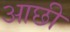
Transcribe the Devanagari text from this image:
आछी